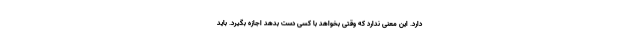
دارد. این معنی ندارد که وقتی بخواهد با کسی دست بدهد اجازه بگیرد. باید